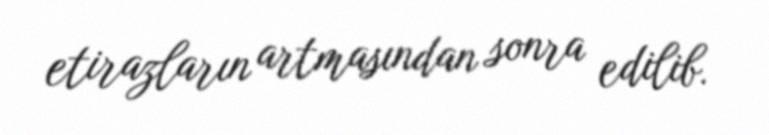
etirazların artmasından sonra edilib.